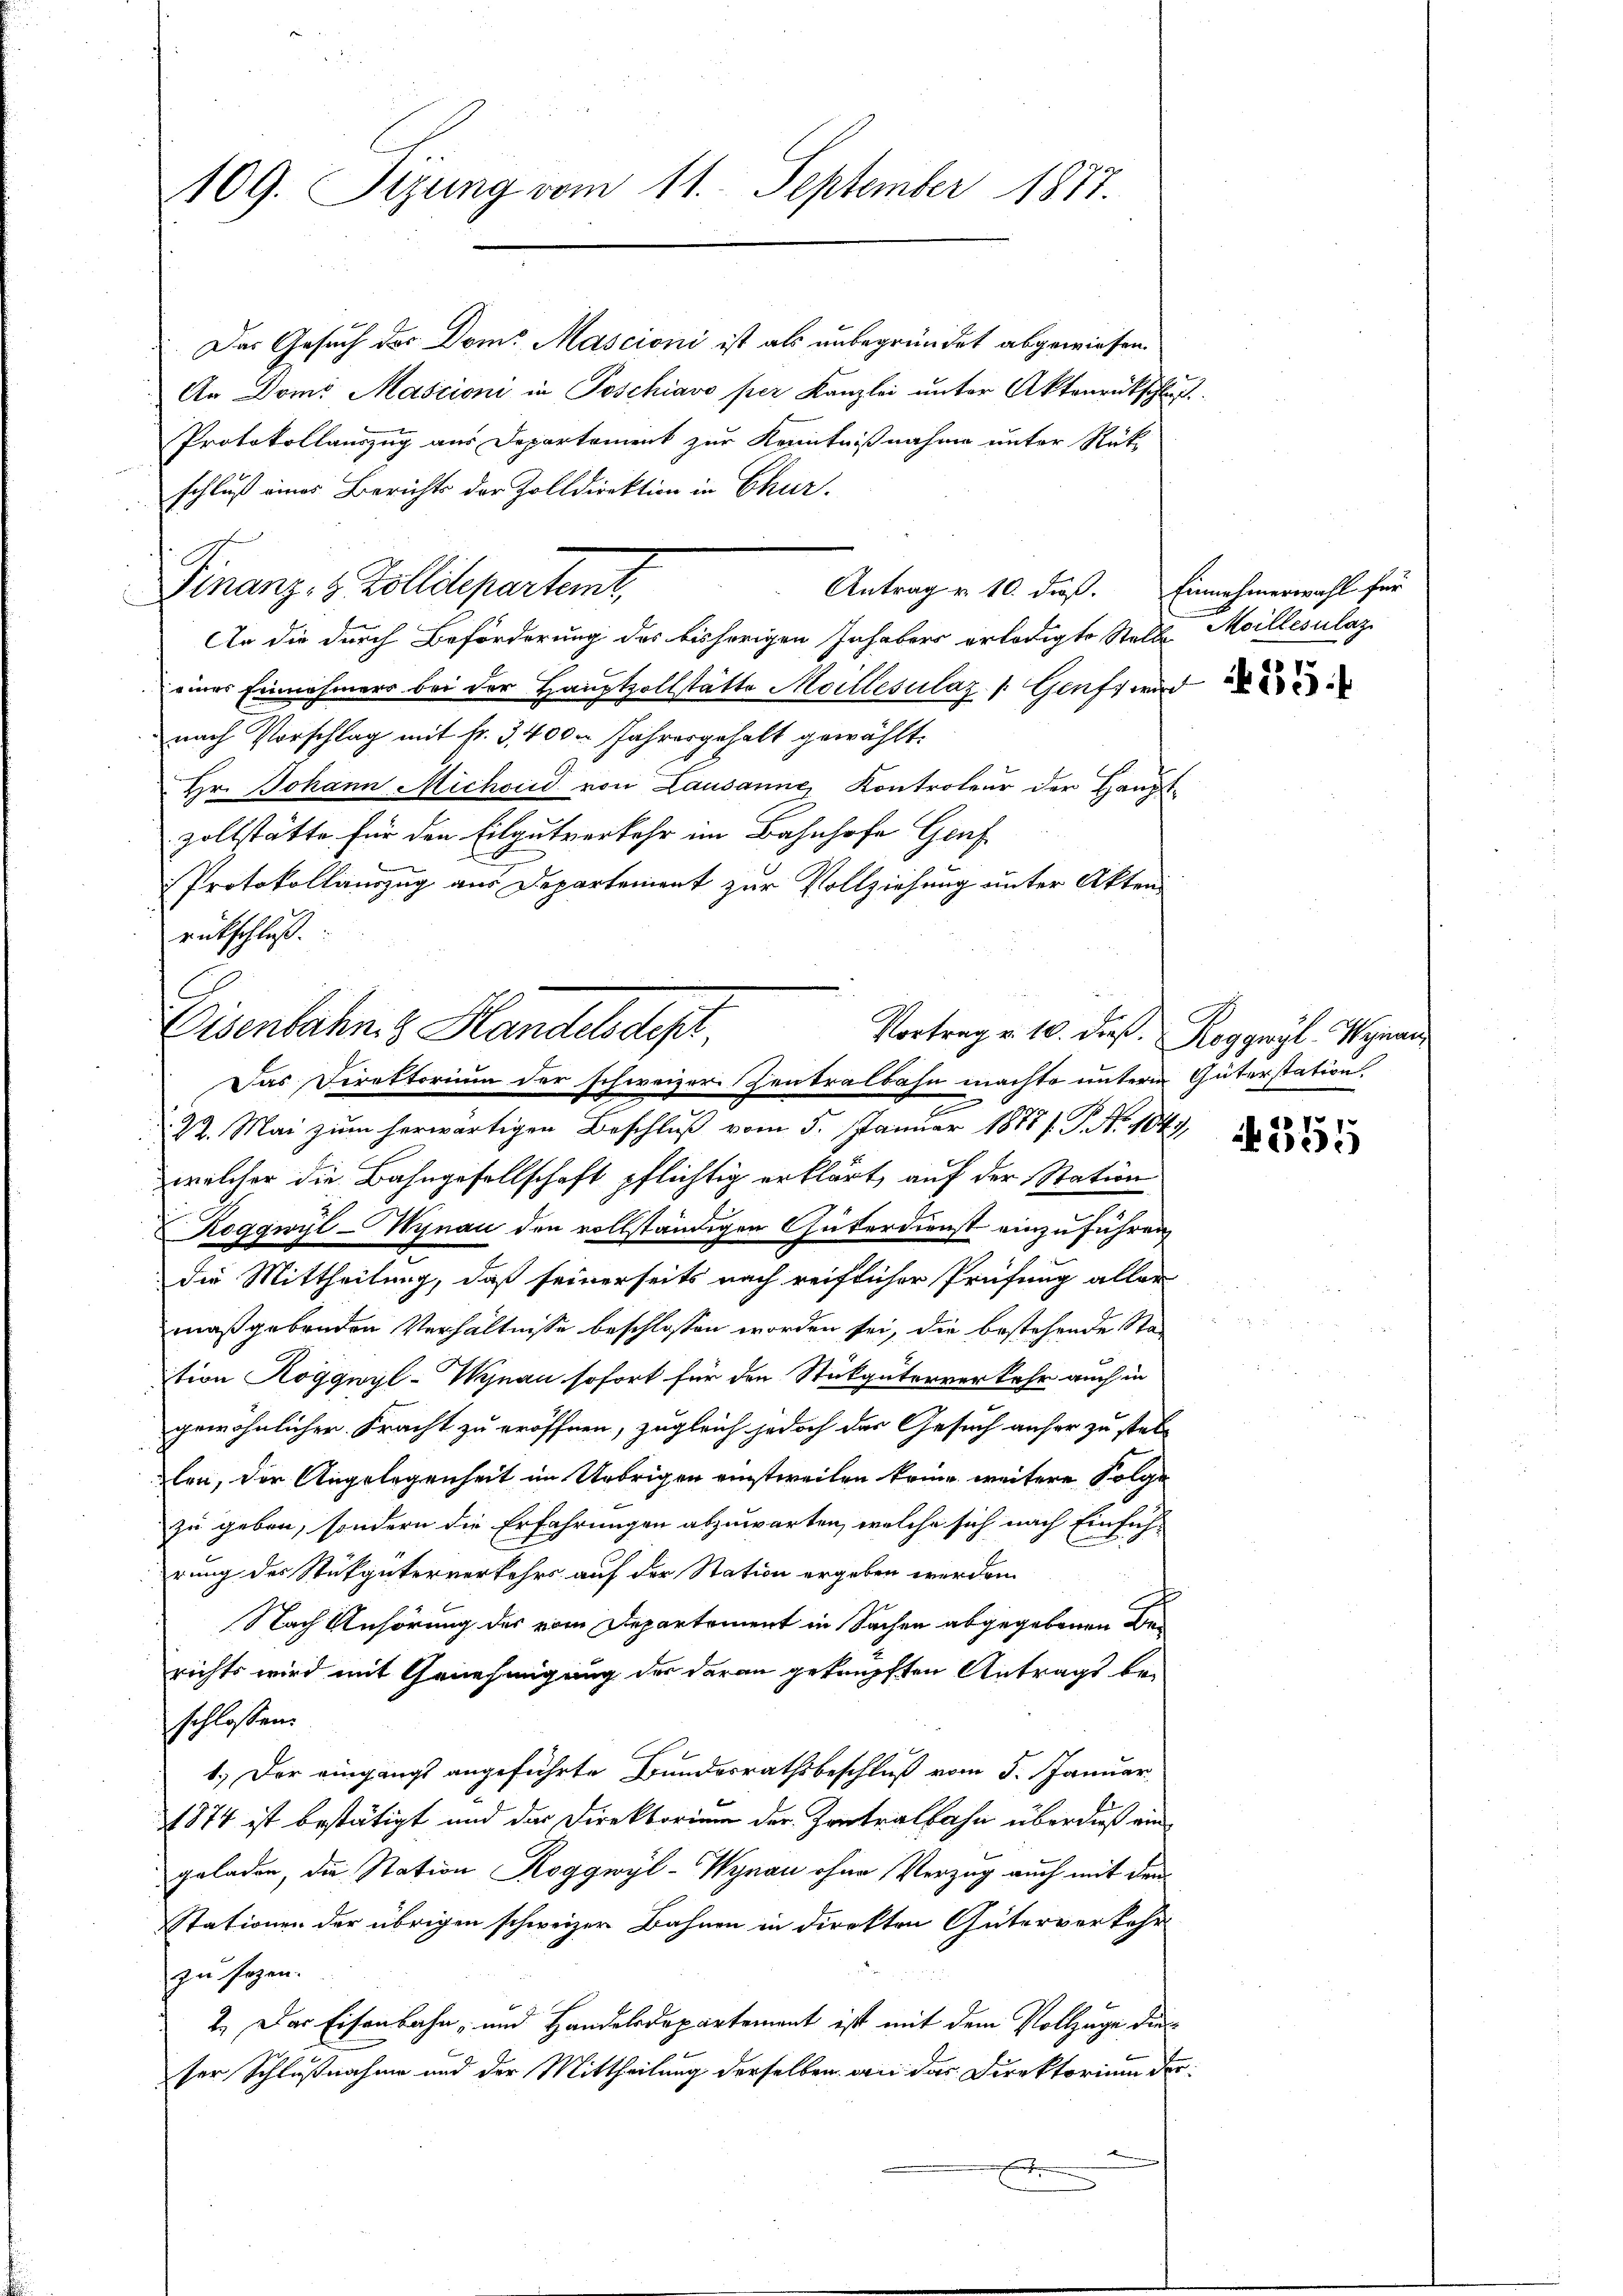
109. Sizung vom 11. September 1877.

Das Gesuch des Dom: Mascioni ist als unbegründet abgewiesen.
An Doms Mascioni in Poschiavo per Kanzlei unter Aktenrückschla¬
Protokollauszug aus Departement zur Kenntnißnahme unter Rück-
schluß eines Berichts der Zolldirektion in Chur.
An die durch Beförderung des bisherigen Inhabers erledigte Stelle Meillesulaz
einer Einnehmers bei der Hauptzollstätte Meillesilaz (Genf, wir
nach Vorschlag mit fr. 3400. Jahresgehalt gewählt.
Hr. Johann Michoud von Lausanne Kontroleur der Hauptzollstätte für den Eilgutverkehr im Bahnhofe Genf
Protokollauszug aus Departement zur Vollziehung unter Akten
rutschloß.

Antrag u. 10. daß.
Finanz- & Zolldepartemt,

Eisenbahn & Handelsdept,
Vortrag v. 10. dieß. Roggwyl-Wynau,
Das Direktorium der schweizer Zentralbahn machte unterm Güterstation

e
22. Mai zum herwärtigen Beschluß vom 5. Januar 1878/. P. Nr. 1047.
welcher die Bahngesellschaft pflichtig erklärt, auf der Station
Roggwil-Wynau den vollständigen Güterdienst einzuführen
die Mittheilung, daß seinerseits nach reiflicher Prüfung aller
maßgebenden Verhältnisse beschlossen worden sei, die bestehende Station Roggwyl-Wynau sofort für den Stükgüterverkehr auch in
gewöhnlicher Fracht zu eröffnen, zugleich jedoch das Gesuch anher zu stel-
len, der Angelegenheit im Uebrigen einstweilen keine weitere Folge
zu geben, sondern die Erfahrungen abzuwarten, welche sich nach Einfüh-
rung des Stükgüterverkehrs auf der Station ergeben werden.
Nach Anhörung des vom Departement in Sachen abgegebenen Be-
richts wird mit Genehmigung der daran geknüpften Antrags be-
schlossen:
1.) Der eingangs angeführte Bundesrathsbeschluß vom 5. Januar
1874 ist bestätigt und das Direktorium der Zentralbahn überdieß eingeladen, die Station Roggwyl-Wynau ohne Verzug auch mit den
Stationen der übrigen schweizer Bahnen in direkten Güterverkehr
szusehen.
2.) Der Eisenbahn- und Handelsdepartement ist mit dem Vollzäge die
ser Schlußnahme und der Mittheilung derselben an das Direktorium der
s

Einnehmerwahl für

f

2

5
A

355